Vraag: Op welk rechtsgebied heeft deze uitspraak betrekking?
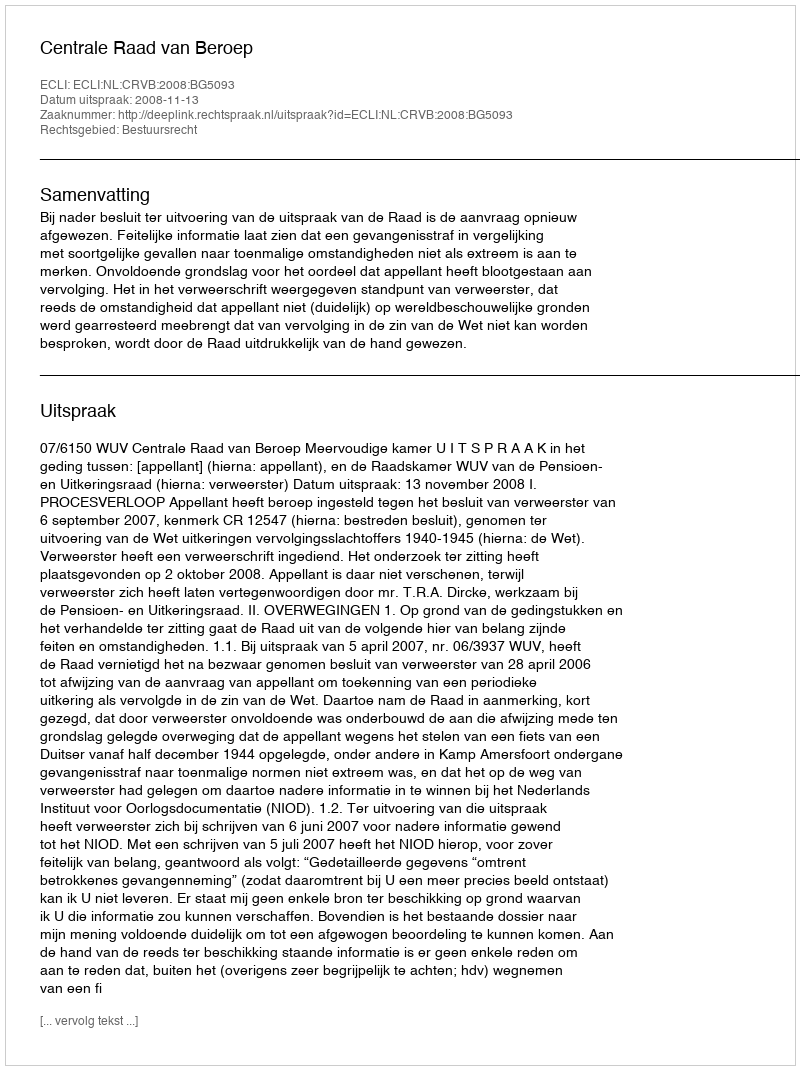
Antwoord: Bestuursrecht